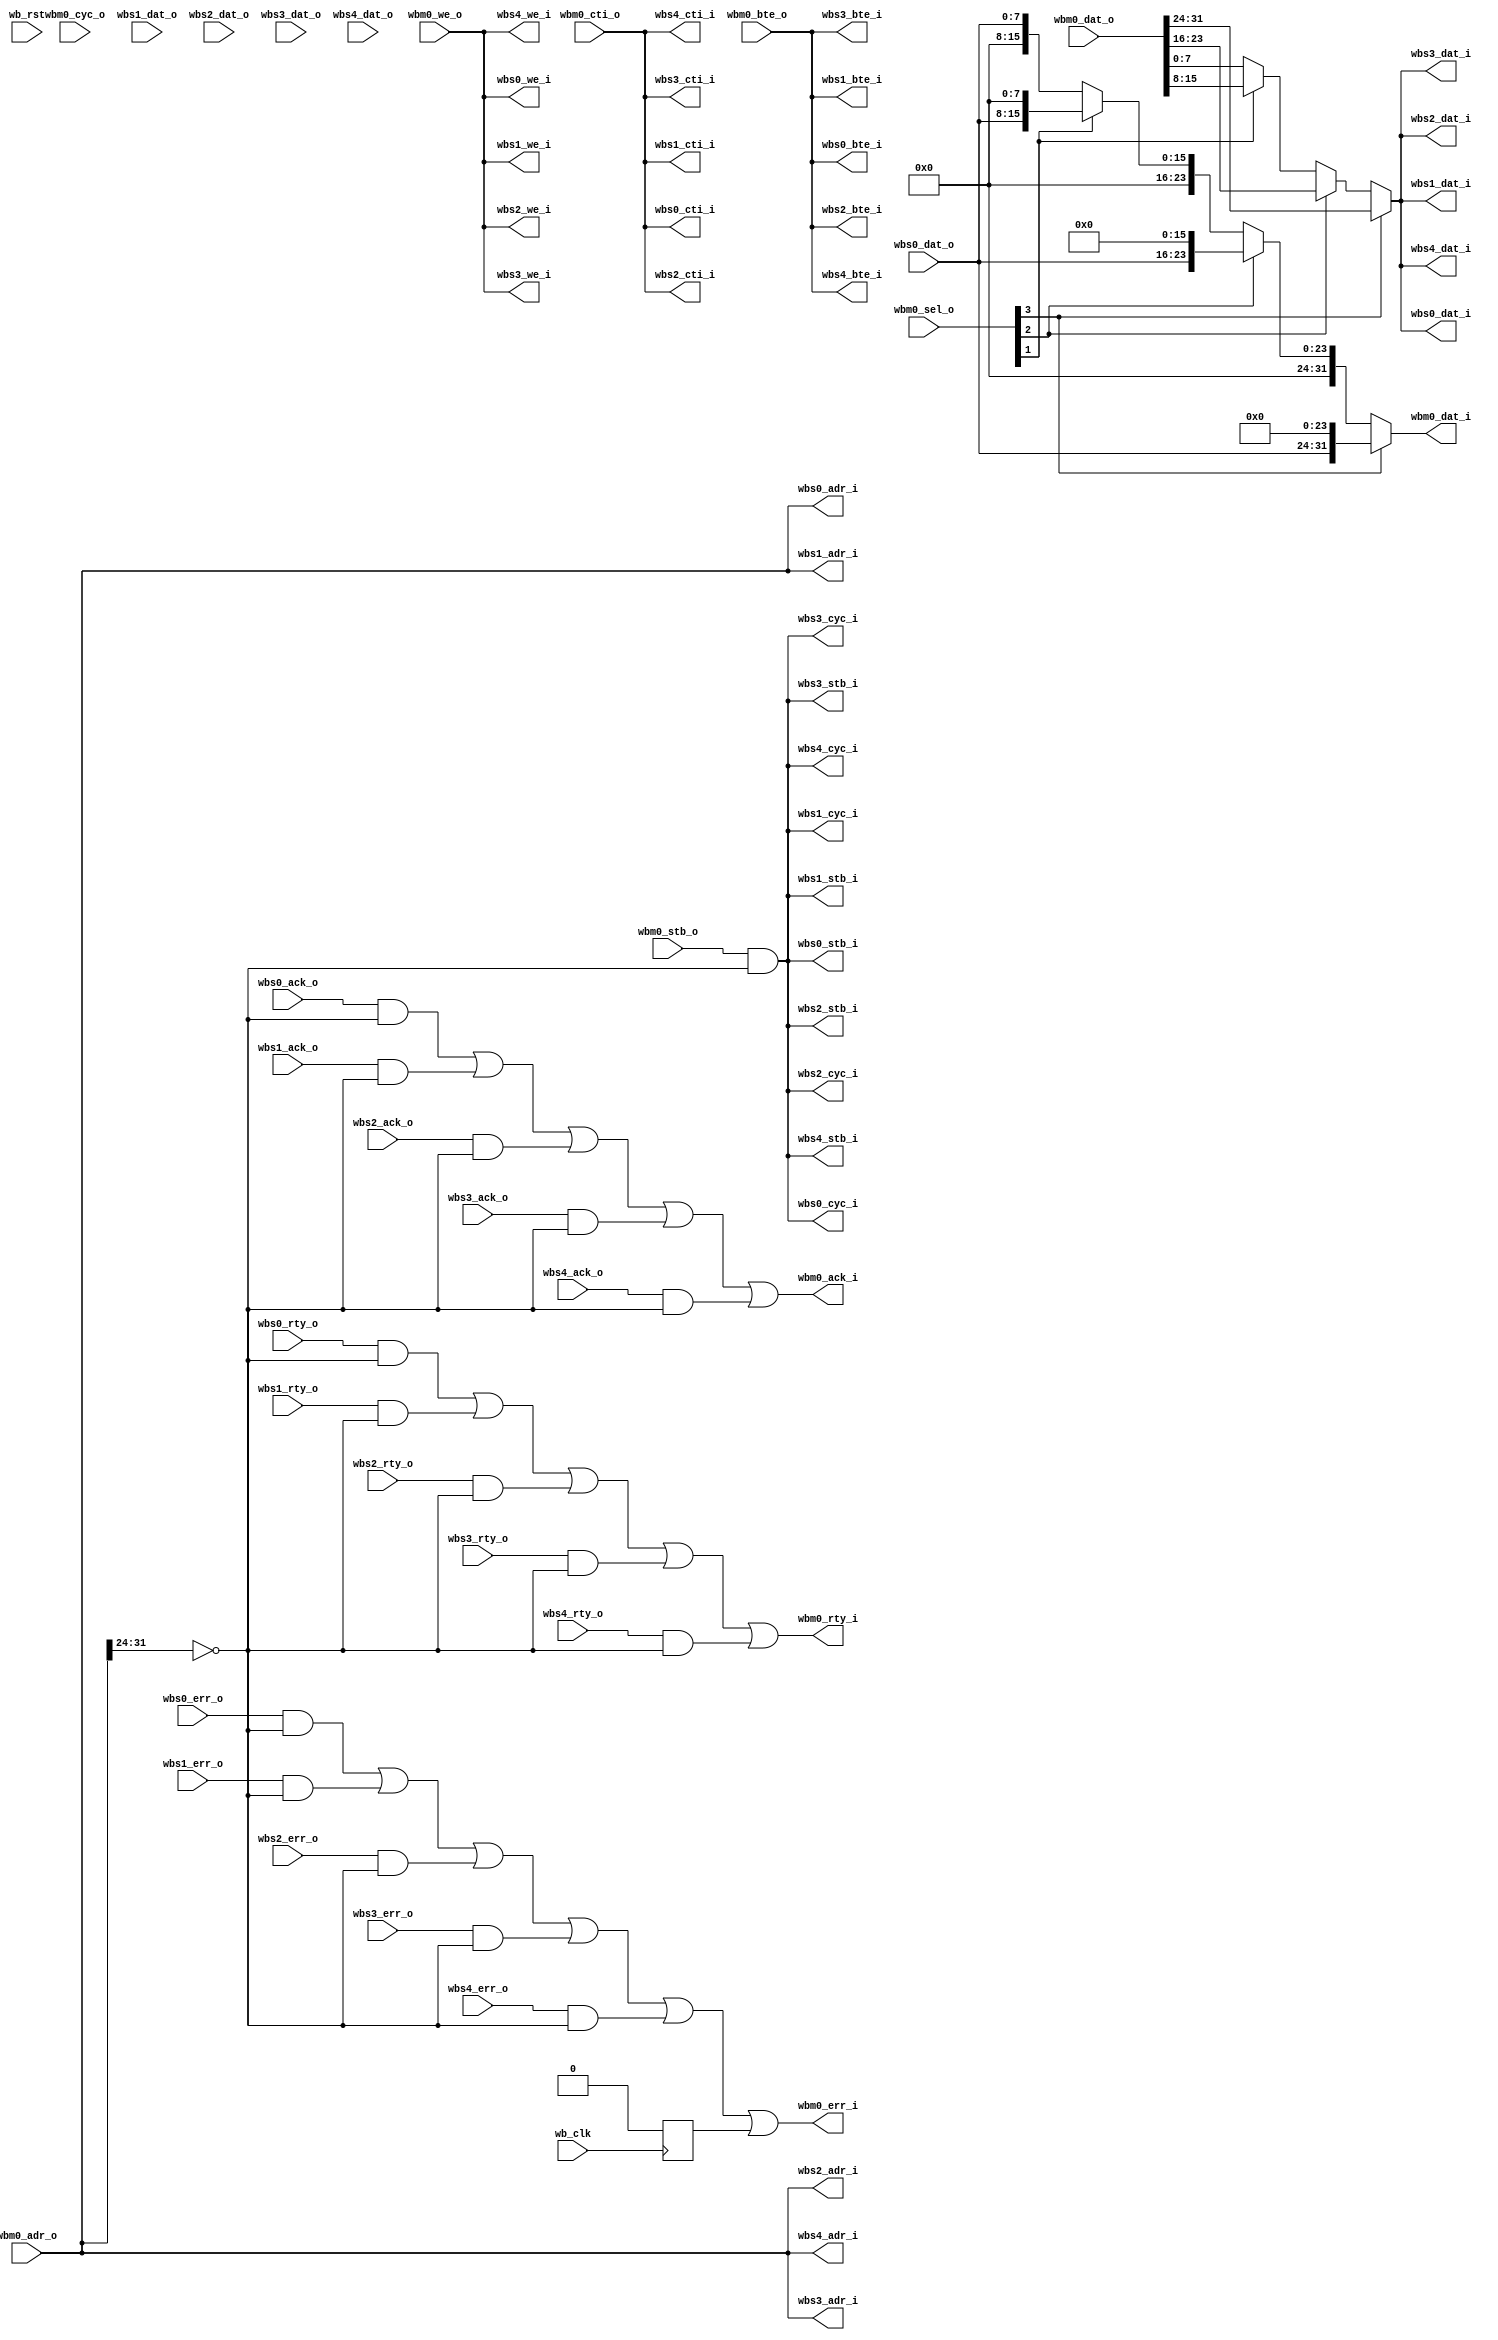
module arbiter_bytebus
  (

   // Master in   
   wbm0_adr_o,
   wbm0_dat_o,
   wbm0_sel_o,
   wbm0_we_o,
   wbm0_cyc_o,
   wbm0_stb_o,
   wbm0_cti_o,
   wbm0_bte_o,
   wbm0_dat_i,
   wbm0_ack_i,
   wbm0_err_i,
   wbm0_rty_i,

   // Slave one
   // Wishbone Slave interface
   wbs0_adr_i,
   wbs0_dat_i,
   wbs0_we_i,
   wbs0_cyc_i,
   wbs0_stb_i,
   wbs0_cti_i,
   wbs0_bte_i,
   wbs0_dat_o,
   wbs0_ack_o,
   wbs0_err_o,
   wbs0_rty_o,

   // Slave two
   // Wishbone Slave interface
   wbs1_adr_i,
   wbs1_dat_i,
   wbs1_we_i,
   wbs1_cyc_i,
   wbs1_stb_i,
   wbs1_cti_i,
   wbs1_bte_i,
   wbs1_dat_o,
   wbs1_ack_o,
   wbs1_err_o,
   wbs1_rty_o,

   // Slave three
   // Wishbone Slave interface
   wbs2_adr_i,
   wbs2_dat_i,
   wbs2_we_i,
   wbs2_cyc_i,
   wbs2_stb_i,
   wbs2_cti_i,
   wbs2_bte_i,
   wbs2_dat_o,
   wbs2_ack_o,
   wbs2_err_o,
   wbs2_rty_o,

   // Slave four
   // Wishbone Slave interface
   wbs3_adr_i,
   wbs3_dat_i,
   wbs3_we_i,
   wbs3_cyc_i,
   wbs3_stb_i,
   wbs3_cti_i,
   wbs3_bte_i,
   wbs3_dat_o,
   wbs3_ack_o,
   wbs3_err_o,
   wbs3_rty_o,

   // Slave five
   // Wishbone Slave interface
   wbs4_adr_i,
   wbs4_dat_i,
   wbs4_we_i,
   wbs4_cyc_i,
   wbs4_stb_i,
   wbs4_cti_i,
   wbs4_bte_i,
   wbs4_dat_o,
   wbs4_ack_o,
   wbs4_err_o,
   wbs4_rty_o,
/*   
   // Slave six
   // Wishbone Slave interface
   wbs5_adr_i,
   wbs5_dat_i,
   wbs5_we_i,
   wbs5_cyc_i,
   wbs5_stb_i,
   wbs5_cti_i,
   wbs5_bte_i,
   wbs5_dat_o,
   wbs5_ack_o,
   wbs5_err_o,
   wbs5_rty_o,

   // Slave seven
   // Wishbone Slave interface
   wbs6_adr_i,
   wbs6_dat_i,
   wbs6_we_i,
   wbs6_cyc_i,
   wbs6_stb_i,
   wbs6_cti_i,
   wbs6_bte_i,
   wbs6_dat_o,
   wbs6_ack_o,
   wbs6_err_o,
   wbs6_rty_o,

   // Slave eight
   // Wishbone Slave interface
   wbs7_adr_i,
   wbs7_dat_i,
   wbs7_we_i,
   wbs7_cyc_i,
   wbs7_stb_i,
   wbs7_cti_i,
   wbs7_bte_i,
   wbs7_dat_o,
   wbs7_ack_o,
   wbs7_err_o,
   wbs7_rty_o,

   // Slave nine
   // Wishbone Slave interface
   wbs8_adr_i,
   wbs8_dat_i,
   wbs8_we_i,
   wbs8_cyc_i,
   wbs8_stb_i,
   wbs8_cti_i,
   wbs8_bte_i,
   wbs8_dat_o,
   wbs8_ack_o,
   wbs8_err_o,
   wbs8_rty_o,

   // Slave ten
   // Wishbone Slave interface
   wbs9_adr_i,
   wbs9_dat_i,
   wbs9_we_i,
   wbs9_cyc_i,
   wbs9_stb_i,
   wbs9_cti_i,
   wbs9_bte_i,
   wbs9_dat_o,
   wbs9_ack_o,
   wbs9_err_o,
   wbs9_rty_o,

   // Slave eleven
   // Wishbone Slave interface
   wbs10_adr_i,
   wbs10_dat_i,
   wbs10_we_i,
   wbs10_cyc_i,
   wbs10_stb_i,
   wbs10_cti_i,
   wbs10_bte_i,
   wbs10_dat_o,
   wbs10_ack_o,
   wbs10_err_o,
   wbs10_rty_o,

   // Slave twelve
   // Wishbone Slave interface
   wbs11_adr_i,
   wbs11_dat_i,
   wbs11_we_i,
   wbs11_cyc_i,
   wbs11_stb_i,
   wbs11_cti_i,
   wbs11_bte_i,
   wbs11_dat_o,
   wbs11_ack_o,
   wbs11_err_o,
   wbs11_rty_o,

   // Slave thirteen
   // Wishbone Slave interface
   wbs12_adr_i,
   wbs12_dat_i,
   wbs12_we_i,
   wbs12_cyc_i,
   wbs12_stb_i,
   wbs12_cti_i,
   wbs12_bte_i,
   wbs12_dat_o,
   wbs12_ack_o,
   wbs12_err_o,
   wbs12_rty_o,

    // Slave fourteen
    // Wishbone Slave interface
    wbs13_adr_i,
    wbs13_dat_i,
    wbs13_we_i,
    wbs13_cyc_i,
    wbs13_stb_i,
    wbs13_cti_i,
    wbs13_bte_i,
   wbs13_dat_o,
    wbs13_ack_o,
    wbs13_err_o,
    wbs13_rty_o,

    // Slave fifteen
    // Wishbone Slave interface
    wbs14_adr_i,
    wbs14_dat_i,
    wbs14_we_i,
    wbs14_cyc_i,
    wbs14_stb_i,
    wbs14_cti_i,
    wbs14_bte_i,
   wbs14_dat_o,
    wbs14_ack_o,
    wbs14_err_o,
    wbs14_rty_o,

    // Slave sixteen
    // Wishbone Slave interface
    wbs15_adr_i,
    wbs15_dat_i,
    wbs15_we_i,
    wbs15_cyc_i,
    wbs15_stb_i,
    wbs15_cti_i,
    wbs15_bte_i,
  
    wbs15_dat_o,
    wbs15_ack_o,
    wbs15_err_o,
    wbs15_rty_o,

    // Slave seventeen
    // Wishbone Slave interface
    wbs16_adr_i,
    wbs16_dat_i,
    wbs16_we_i,
    wbs16_cyc_i,
    wbs16_stb_i,
    wbs16_cti_i,
    wbs16_bte_i,
  
    wbs16_dat_o,
    wbs16_ack_o,
    wbs16_err_o,
    wbs16_rty_o,


    // Slave eighteen
    // Wishbone Slave interface
    wbs17_adr_i,
    wbs17_dat_i,
    wbs17_we_i,
    wbs17_cyc_i,
    wbs17_stb_i,
    wbs17_cti_i,
    wbs17_bte_i,
  
    wbs17_dat_o,
    wbs17_ack_o,
    wbs17_err_o,
    wbs17_rty_o,
 
    // Slave nineteen
    // Wishbone Slave interface
    wbs18_adr_i,
    wbs18_dat_i,
    wbs18_we_i,
    wbs18_cyc_i,
    wbs18_stb_i,
    wbs18_cti_i,
    wbs18_bte_i,
  
    wbs18_dat_o,
    wbs18_ack_o,
    wbs18_err_o,
    wbs18_rty_o,
 
    // Slave twenty
    // Wishbone Slave interface
    wbs19_adr_i,
    wbs19_dat_i,
    wbs19_we_i,
    wbs19_cyc_i,
    wbs19_stb_i,
    wbs19_cti_i,
    wbs19_bte_i,
  
    wbs19_dat_o,
    wbs19_ack_o,
    wbs19_err_o,
    wbs19_rty_o,
  
    */
   
   wb_clk, wb_rst
   );
   

   parameter wb_dat_width = 32;
   parameter wbs_dat_width = 8;
   parameter wb_adr_width = 32;

   parameter wb_addr_match_width = 8;

   parameter wb_num_slaves = 20; // Currently can handle up to 20

   // Slave addresses
   
   parameter slave0_adr =  8'h00; 
   parameter slave1_adr =  8'h00; 
   parameter slave2_adr =  8'h00; 
   parameter slave3_adr =  8'h00; 
   parameter slave4_adr =  8'h00; 
   parameter slave5_adr =  8'h00; 
   parameter slave6_adr =  8'h00; 
   parameter slave7_adr =  8'h00; 
   parameter slave8_adr =  8'h00; 
   parameter slave9_adr =  8'h00; 
   parameter slave10_adr = 8'h00;
   parameter slave11_adr = 8'h00;
   parameter slave12_adr = 8'h00;
   parameter slave13_adr = 8'h00;
   parameter slave14_adr = 8'h00;
   parameter slave15_adr = 8'h00;
   parameter slave16_adr = 8'h00;
   parameter slave17_adr = 8'h00;
   parameter slave18_adr = 8'h00;
   parameter slave19_adr = 8'h00;
   

`define WB_ARB_ADDR_MATCH_SEL wb_adr_width-1:wb_adr_width-wb_addr_match_width
   
   input wb_clk;
   input wb_rst;
   
   // WB Master one
   input [wb_adr_width-1:0] wbm0_adr_o;
   input [wb_dat_width-1:0] wbm0_dat_o;
   input [3:0] 		    wbm0_sel_o;
   input 		    wbm0_we_o;
   input 		    wbm0_cyc_o;
   input 		    wbm0_stb_o;
   input [2:0] 		    wbm0_cti_o;
   input [1:0] 		    wbm0_bte_o;
   output [wb_dat_width-1:0] wbm0_dat_i;   
   output 		     wbm0_ack_i;
   output 		     wbm0_err_i;
   output 		     wbm0_rty_i;   
   
   
   // Slave one
   // Wishbone Slave interface
   output [wb_adr_width-1:0] wbs0_adr_i;
   output [wbs_dat_width-1:0] wbs0_dat_i;
   output 		     wbs0_we_i;
   output 		     wbs0_cyc_i;
   output 		     wbs0_stb_i;
   output [2:0] 	     wbs0_cti_i;
   output [1:0] 	     wbs0_bte_i;
   input [wbs_dat_width-1:0]  wbs0_dat_o;
   input 		     wbs0_ack_o;
   input 		     wbs0_err_o;
   input 		     wbs0_rty_o;
   

   // Wishbone Slave interface
   output [wb_adr_width-1:0] wbs1_adr_i;
   output [wbs_dat_width-1:0] wbs1_dat_i;
   output 		     wbs1_we_i;
   output 		     wbs1_cyc_i;
   output 		     wbs1_stb_i;
   output [2:0] 	     wbs1_cti_i;
   output [1:0] 	     wbs1_bte_i;
   input [wbs_dat_width-1:0]  wbs1_dat_o;
   input 		     wbs1_ack_o;
   input 		     wbs1_err_o;
   input 		     wbs1_rty_o;
   

   // Wishbone Slave interface
   output [wb_adr_width-1:0] wbs2_adr_i;
   output [wbs_dat_width-1:0] wbs2_dat_i;
   output 		     wbs2_we_i;
   output 		     wbs2_cyc_i;
   output 		     wbs2_stb_i;
   output [2:0] 	     wbs2_cti_i;
   output [1:0] 	     wbs2_bte_i;
   input [wbs_dat_width-1:0]  wbs2_dat_o;
   input 		     wbs2_ack_o;
   input 		     wbs2_err_o;
   input 		     wbs2_rty_o;
   

   // Wishbone Slave interface
   output [wb_adr_width-1:0] wbs3_adr_i;
   output [wbs_dat_width-1:0] wbs3_dat_i;
   output 		     wbs3_we_i;
   output 		     wbs3_cyc_i;
   output 		     wbs3_stb_i;
   output [2:0] 	     wbs3_cti_i;
   output [1:0] 	     wbs3_bte_i;
   input [wbs_dat_width-1:0]  wbs3_dat_o;
   input 		     wbs3_ack_o;
   input 		     wbs3_err_o;
   input 		     wbs3_rty_o;
   

   // Wishbone Slave interface
   output [wb_adr_width-1:0] wbs4_adr_i;
   output [wbs_dat_width-1:0] wbs4_dat_i;
   output 		     wbs4_we_i;
   output 		     wbs4_cyc_i;
   output 		     wbs4_stb_i;
   output [2:0] 	     wbs4_cti_i;
   output [1:0] 	     wbs4_bte_i;
   input [wbs_dat_width-1:0]  wbs4_dat_o;
   input 		     wbs4_ack_o;
   input 		     wbs4_err_o;
   input 		     wbs4_rty_o;
   
/*         
   // Wishbone Slave interface
   output [wb_adr_width-1:0] wbs5_adr_i;
   output [wbs_dat_width-1:0] wbs5_dat_i;
   output 		     wbs5_we_i;
   output 		     wbs5_cyc_i;
   output 		     wbs5_stb_i;
   output [2:0] 	     wbs5_cti_i;
   output [1:0] 	     wbs5_bte_i;
   input [wbs_dat_width-1:0]  wbs5_dat_o;
   input 		     wbs5_ack_o;
   input 		     wbs5_err_o;
   input 		     wbs5_rty_o;
   

   // Wishbone Slave interface
   output [wb_adr_width-1:0] wbs6_adr_i;
   output [wbs_dat_width-1:0] wbs6_dat_i;
   output 		     wbs6_we_i;
   output 		     wbs6_cyc_i;
   output 		     wbs6_stb_i;
   output [2:0] 	     wbs6_cti_i;
   output [1:0] 	     wbs6_bte_i;
   input [wbs_dat_width-1:0]  wbs6_dat_o;
   input 		     wbs6_ack_o;
   input 		     wbs6_err_o;
   input 		     wbs6_rty_o;
   

   // Wishbone Slave interface
   output [wb_adr_width-1:0] wbs7_adr_i;
   output [wbs_dat_width-1:0] wbs7_dat_i;
   output 		     wbs7_we_i;
   output 		     wbs7_cyc_i;
   output 		     wbs7_stb_i;
   output [2:0] 	     wbs7_cti_i;
   output [1:0] 	     wbs7_bte_i;
   input [wbs_dat_width-1:0]  wbs7_dat_o;
   input 		     wbs7_ack_o;
   input 		     wbs7_err_o;
   input 		     wbs7_rty_o;
   

   // Wishbone Slave interface
   output [wb_adr_width-1:0] wbs8_adr_i;
   output [wbs_dat_width-1:0] wbs8_dat_i;
   output 		     wbs8_we_i;
   output 		     wbs8_cyc_i;
   output 		     wbs8_stb_i;
   output [2:0] 	     wbs8_cti_i;
   output [1:0] 	     wbs8_bte_i;
   input [wbs_dat_width-1:0]  wbs8_dat_o;
   input 		     wbs8_ack_o;
   input 		     wbs8_err_o;
   input 		     wbs8_rty_o;
   

   // Wishbone Slave interface
   output [wb_adr_width-1:0] wbs9_adr_i;
   output [wbs_dat_width-1:0] wbs9_dat_i;
   output 		     wbs9_we_i;
   output 		     wbs9_cyc_i;
   output 		     wbs9_stb_i;
   output [2:0] 	     wbs9_cti_i;
   output [1:0] 	     wbs9_bte_i;
   input [wbs_dat_width-1:0]  wbs9_dat_o;
   input 		     wbs9_ack_o;
   input 		     wbs9_err_o;
   input 		     wbs9_rty_o;
   

   // Wishbone Slave interface
   output [wb_adr_width-1:0] wbs10_adr_i;
   output [wbs_dat_width-1:0] wbs10_dat_i;
   output 		     wbs10_we_i;
   output 		     wbs10_cyc_i;
   output 		     wbs10_stb_i;
   output [2:0] 	     wbs10_cti_i;
   output [1:0] 	     wbs10_bte_i;
   input [wbs_dat_width-1:0]  wbs10_dat_o;
   input 		     wbs10_ack_o;
   input 		     wbs10_err_o;
   input 		     wbs10_rty_o;


 // Wishbone Slave interface
   output [wb_adr_width-1:0] wbs11_adr_i;
   output [wbs_dat_width-1:0] wbs11_dat_i;
   output 		     wbs11_we_i;
   output 		     wbs11_cyc_i;
   output 		     wbs11_stb_i;
   output [2:0] 	     wbs11_cti_i;
   output [1:0] 	     wbs11_bte_i;
   input [wbs_dat_width-1:0]  wbs11_dat_o;
   input 		     wbs11_ack_o;
   input 		     wbs11_err_o;
   input 		     wbs11_rty_o;


   // Wishbone Slave interface
   output [wb_adr_width-1:0] wbs12_adr_i;
   output [wbs_dat_width-1:0] wbs12_dat_i;
   output 		      wbs12_we_i;
   output 		      wbs12_cyc_i;
   output 		      wbs12_stb_i;
   output [2:0] 	      wbs12_cti_i;
   output [1:0] 	      wbs12_bte_i;
   input [wbs_dat_width-1:0]  wbs12_dat_o;
   input 		      wbs12_ack_o;
   input 		      wbs12_err_o;
   input 		      wbs12_rty_o;

   // Wishbone Slave interface
   output [wb_adr_width-1:0] wbs13_adr_i;
   output [wbs_dat_width-1:0] wbs13_dat_i;
   output 		     wbs13_we_i;
   output 		     wbs13_cyc_i;
   output 		     wbs13_stb_i;
   output [2:0] 	     wbs13_cti_i;
   output [1:0] 	     wbs13_bte_i;
   input [wbs_dat_width-1:0]  wbs13_dat_o;
   input 		     wbs13_ack_o;
   input 		     wbs13_err_o;
   input 		     wbs13_rty_o;


   // Wishbone Slave interface
   output [wb_adr_width-1:0] wbs14_adr_i;
   output [wbs_dat_width-1:0] wbs14_dat_i;
   output 		     wbs14_we_i;
   output 		     wbs14_cyc_i;
   output 		     wbs14_stb_i;
   output [2:0] 	     wbs14_cti_i;
   output [1:0] 	     wbs14_bte_i;
   input [wbs_dat_width-1:0]  wbs14_dat_o;
   input 		     wbs14_ack_o;
   input 		     wbs14_err_o;
   input 		     wbs14_rty_o;
   

   // Wishbone Slave interface
   output [wb_adr_width-1:0] wbs15_adr_i;
   output [wbs_dat_width-1:0] wbs15_dat_i;
   output 		     wbs15_we_i;
   output 		     wbs15_cyc_i;
   output 		     wbs15_stb_i;
   output [2:0] 	     wbs15_cti_i;
   output [1:0] 	     wbs15_bte_i;
   input [wbs_dat_width-1:0]  wbs15_dat_o;
   input 		     wbs15_ack_o;
   input 		     wbs15_err_o;
   input 		     wbs15_rty_o;
   

   // Wishbone Slave interface
   output [wb_adr_width-1:0] wbs16_adr_i;
   output [wbs_dat_width-1:0] wbs16_dat_i;
   output 		     wbs16_we_i;
   output 		     wbs16_cyc_i;
   output 		     wbs16_stb_i;
   output [2:0] 	     wbs16_cti_i;
   output [1:0] 	     wbs16_bte_i;
   input [wbs_dat_width-1:0]  wbs16_dat_o;
   input 		     wbs16_ack_o;
   input 		     wbs16_err_o;
   input 		     wbs16_rty_o;


   // Wishbone Slave interface
   output [wb_adr_width-1:0] wbs17_adr_i;
   output [wbs_dat_width-1:0] wbs17_dat_i;
   output 		     wbs17_we_i;
   output 		     wbs17_cyc_i;
   output 		     wbs17_stb_i;
   output [2:0] 	     wbs17_cti_i;
   output [1:0] 	     wbs17_bte_i;
   input [wbs_dat_width-1:0]  wbs17_dat_o;
   input 		     wbs17_ack_o;
   input 		     wbs17_err_o;
   input 		     wbs17_rty_o;

   // Wishbone Slave interface
   output [wb_adr_width-1:0] wbs18_adr_i;
   output [wbs_dat_width-1:0] wbs18_dat_i;
   output 		     wbs18_we_i;
   output 		     wbs18_cyc_i;
   output 		     wbs18_stb_i;
   output [2:0] 	     wbs18_cti_i;
   output [1:0] 	     wbs18_bte_i;
   input [wbs_dat_width-1:0]  wbs18_dat_o;
   input 		     wbs18_ack_o;
   input 		     wbs18_err_o;
   input 		     wbs18_rty_o;
 
   // Wishbone Slave interface
   output [wb_adr_width-1:0] wbs19_adr_i;
   output [wbs_dat_width-1:0] wbs19_dat_i;
   output 		     wbs19_we_i;
   output 		     wbs19_cyc_i;
   output 		     wbs19_stb_i;
   output [2:0] 	     wbs19_cti_i;
   output [1:0] 	     wbs19_bte_i;
   input [wbs_dat_width-1:0]  wbs19_dat_o;
   input 		     wbs19_ack_o;
   input 		     wbs19_err_o;
   input 		     wbs19_rty_o;
 */

   reg 		     watchdog_err;
   
   // Master input mux output wires
   wire [wb_adr_width-1:0]   wbm_adr_o;
   wire [wbs_dat_width-1:0]  wbm_dat_o;
   wire [3:0] 		     wbm_sel_o;
   wire 		     wbm_we_o;
   wire 		     wbm_cyc_o;
   wire 		     wbm_stb_o;
   wire [2:0] 		     wbm_cti_o;
   wire [1:0] 		     wbm_bte_o;
   
   wire [wbs_dat_width-1:0]   wbm_dat_byte_i;   
   wire 		     wbm_ack_i;
   wire 		     wbm_err_i;
   wire 		     wbm_rty_i;   

   
   // Master input mux (not really used, only one master on this bus)
   assign wbm_adr_o = wbm0_adr_o;

   // Select the right byte and put it on the data out line
   // !BIG ENDIAN!
   assign wbm_dat_o = wbm0_sel_o[3] ? wbm0_dat_o[31:24] :
		      wbm0_sel_o[2] ? wbm0_dat_o[23:16] :
		      wbm0_sel_o[1] ? wbm0_dat_o[15:8] :
		      wbm0_dat_o[7:0];
   
   assign wbm_we_o = wbm0_we_o;
   
   assign wbm_cyc_o = wbm0_stb_o;
   
   assign wbm_stb_o = wbm0_stb_o;

   // Will we really need these for byte-peripherals
   assign wbm_cti_o = wbm0_cti_o;
   
   assign wbm_bte_o = wbm0_bte_o;

   // Signals back to the master
   assign wbm0_dat_i = (wbm0_sel_o[3]) ? {wbm_dat_byte_i, 24'd0} :
		       (wbm0_sel_o[2]) ? {8'd0, wbm_dat_byte_i, 16'd0} :
		       (wbm0_sel_o[1]) ? {16'd0, wbm_dat_byte_i, 8'd0} :
	               {24'd0, wbm_dat_byte_i};

   assign wbm0_ack_i = wbm_ack_i;
   assign wbm0_err_i = wbm_err_i;
   assign wbm0_rty_i = wbm_rty_i;

`ifdef ARBITER_BYTEBUS_WATCHDOG
   reg [`ARBITER_BYTEBUS_WATCHDOG_TIMER_WIDTH:0] watchdog_timer;
   reg 			     wbm_stb_r; // Register strobe
   wire 		     wbm_stb_edge; // Detect its edge

   always @(posedge wb_clk)
     wbm_stb_r <= wbm_stb_o;

   assign wbm_stb_edge = (wbm_stb_o & !wbm_stb_r);
   
   // Counter logic
   always @(posedge wb_clk)
     if (wb_rst) watchdog_timer <= 0;
     else if (wbm_ack_i) // When we see an ack, turn off timer
       watchdog_timer <= 0;
     else if (wbm_stb_edge) // New access means start timer again
       watchdog_timer <= 1;
     else if (|watchdog_timer) // Continue counting if counter > 0
       watchdog_timer <= watchdog_timer + 1;

   always @(posedge wb_clk) 
     watchdog_err <= (&watchdog_timer);
   
`else // !`ifdef ARBITER_BYTEBUS_WATCHDOG
   always @(posedge wb_clk) 
     watchdog_err <= 0;
      
`endif // !`ifdef ARBITER_BYTEBUS_WATCHDOG

   
   // Wishbone slave mux out wires
   wire [wb_adr_width-1:0]   wbs_adr_i;
   wire [wbs_dat_width-1:0]  wbs_dat_i;
   wire 		     wbs_we_i;
   wire 		     wbs_cyc_i;
   wire 		     wbs_stb_i;
   wire [2:0] 		     wbs_cti_i;
   wire [1:0] 		     wbs_bte_i;
   wire [wbs_dat_width-1:0]  wbs_dat_o;
   wire 		     wbs_ack_o;
   wire 		     wbs_err_o;
   wire 		     wbs_rty_o;

   
   // Slave select wire
   wire [wb_num_slaves-1:0]  wb_slave_sel;
   
   // Slave out mux in wires   
   wire [wbs_dat_width-1:0]  wbs_dat_o_mux_i [0:wb_num_slaves-1];
   wire 		     wbs_ack_o_mux_i [0:wb_num_slaves-1];
   wire 		     wbs_err_o_mux_i [0:wb_num_slaves-1];
   wire 		     wbs_rty_o_mux_i [0:wb_num_slaves-1];

   // Slave selects
   assign wb_slave_sel[0] = wbm_adr_o[`WB_ARB_ADDR_MATCH_SEL] == slave0_adr;
   assign wb_slave_sel[1] = wbm_adr_o[`WB_ARB_ADDR_MATCH_SEL] == slave1_adr;
   assign wb_slave_sel[2] = wbm_adr_o[`WB_ARB_ADDR_MATCH_SEL] == slave2_adr;
   assign wb_slave_sel[3] = wbm_adr_o[`WB_ARB_ADDR_MATCH_SEL] == slave3_adr;
   assign wb_slave_sel[4] = wbm_adr_o[`WB_ARB_ADDR_MATCH_SEL] == slave4_adr;
   /*      
   assign wb_slave_sel[5] = wbm_adr_o[`WB_ARB_ADDR_MATCH_SEL] == slave5_adr;
   assign wb_slave_sel[6] = wbm_adr_o[`WB_ARB_ADDR_MATCH_SEL] == slave6_adr;
   assign wb_slave_sel[7] = wbm_adr_o[`WB_ARB_ADDR_MATCH_SEL] == slave7_adr;
   assign wb_slave_sel[8] = wbm_adr_o[`WB_ARB_ADDR_MATCH_SEL] == slave8_adr;
   assign wb_slave_sel[9] = wbm_adr_o[`WB_ARB_ADDR_MATCH_SEL] == slave9_adr;
   assign wb_slave_sel[10] = wbm_adr_o[`WB_ARB_ADDR_MATCH_SEL] == slave10_adr;
   assign wb_slave_sel[11] = wbm_adr_o[`WB_ARB_ADDR_MATCH_SEL] == slave11_adr;
   assign wb_slave_sel[12] = wbm_adr_o[`WB_ARB_ADDR_MATCH_SEL] == slave12_adr;
   assign wb_slave_sel[13] = wbm_adr_o[`WB_ARB_ADDR_MATCH_SEL] == slave13_adr;
   assign wb_slave_sel[14] = wbm_adr_o[`WB_ARB_ADDR_MATCH_SEL] == slave14_adr;
   assign wb_slave_sel[15] = wbm_adr_o[`WB_ARB_ADDR_MATCH_SEL] == slave15_adr;
   assign wb_slave_sel[16] = wbm_adr_o[`WB_ARB_ADDR_MATCH_SEL] == slave16_adr;
   assign wb_slave_sel[16] = wbm_adr_o[`WB_ARB_ADDR_MATCH_SEL] == slave17_adr;
   assign wb_slave_sel[16] = wbm_adr_o[`WB_ARB_ADDR_MATCH_SEL] == slave18_adr;
   assign wb_slave_sel[16] = wbm_adr_o[`WB_ARB_ADDR_MATCH_SEL] == slave19_adr;
   */


   // Assign master inputs to slaves and slave inputs for MUXing  back to master

   // Slave 0 inputs
   assign wbs0_adr_i = wbm_adr_o;
   assign wbs0_dat_i = wbm_dat_o;
   assign wbs0_cyc_i = wbm_cyc_o & wb_slave_sel[0];
   assign wbs0_stb_i = wbm_stb_o & wb_slave_sel[0];   
   assign  wbs0_we_i =  wbm_we_o;
   assign wbs0_cti_i = wbm_cti_o;
   assign wbs0_bte_i = wbm_bte_o;
   assign wbs_dat_o_mux_i[0] = wbs0_dat_o;
   assign wbs_ack_o_mux_i[0] = wbs0_ack_o & wb_slave_sel[0];
   assign wbs_err_o_mux_i[0] = wbs0_err_o & wb_slave_sel[0];
   assign wbs_rty_o_mux_i[0] = wbs0_rty_o & wb_slave_sel[0];


   // Slave 1 inputs
   assign wbs1_adr_i = wbm_adr_o;
   assign wbs1_dat_i = wbm_dat_o;
   assign wbs1_cyc_i = wbm_cyc_o & wb_slave_sel[1];
   assign wbs1_stb_i = wbm_stb_o & wb_slave_sel[1];   
   assign  wbs1_we_i =  wbm_we_o;
   assign wbs1_cti_i = wbm_cti_o;
   assign wbs1_bte_i = wbm_bte_o;
   assign wbs_dat_o_mux_i[1] = wbs1_dat_o;
   assign wbs_ack_o_mux_i[1] = wbs1_ack_o & wb_slave_sel[1];
   assign wbs_err_o_mux_i[1] = wbs1_err_o & wb_slave_sel[1];
   assign wbs_rty_o_mux_i[1] = wbs1_rty_o & wb_slave_sel[1];


   // Slave 2 inputs
   assign wbs2_adr_i = wbm_adr_o;
   assign wbs2_dat_i = wbm_dat_o;
   assign wbs2_cyc_i = wbm_cyc_o & wb_slave_sel[2];
   assign wbs2_stb_i = wbm_stb_o & wb_slave_sel[2];   
   assign  wbs2_we_i =  wbm_we_o;
   assign wbs2_cti_i = wbm_cti_o;
   assign wbs2_bte_i = wbm_bte_o;
   assign wbs_dat_o_mux_i[2] = wbs2_dat_o;
   assign wbs_ack_o_mux_i[2] = wbs2_ack_o & wb_slave_sel[2];
   assign wbs_err_o_mux_i[2] = wbs2_err_o & wb_slave_sel[2];
   assign wbs_rty_o_mux_i[2] = wbs2_rty_o & wb_slave_sel[2];


   // Slave 3 inputs
   assign wbs3_adr_i = wbm_adr_o;
   assign wbs3_dat_i = wbm_dat_o;
   assign wbs3_cyc_i = wbm_cyc_o & wb_slave_sel[3];
   assign wbs3_stb_i = wbm_stb_o & wb_slave_sel[3];   
   assign  wbs3_we_i =  wbm_we_o;
   assign wbs3_cti_i = wbm_cti_o;
   assign wbs3_bte_i = wbm_bte_o;
   assign wbs_dat_o_mux_i[3] = wbs3_dat_o;
   assign wbs_ack_o_mux_i[3] = wbs3_ack_o & wb_slave_sel[3];
   assign wbs_err_o_mux_i[3] = wbs3_err_o & wb_slave_sel[3];
   assign wbs_rty_o_mux_i[3] = wbs3_rty_o & wb_slave_sel[3];


   // Slave 4 inputs
   assign wbs4_adr_i = wbm_adr_o;
   assign wbs4_dat_i = wbm_dat_o;
   assign wbs4_cyc_i = wbm_cyc_o & wb_slave_sel[4];
   assign wbs4_stb_i = wbm_stb_o & wb_slave_sel[4];   
   assign  wbs4_we_i =  wbm_we_o;
   assign wbs4_cti_i = wbm_cti_o;
   assign wbs4_bte_i = wbm_bte_o;
   assign wbs_dat_o_mux_i[4] = wbs4_dat_o;
   assign wbs_ack_o_mux_i[4] = wbs4_ack_o & wb_slave_sel[4];
   assign wbs_err_o_mux_i[4] = wbs4_err_o & wb_slave_sel[4];
   assign wbs_rty_o_mux_i[4] = wbs4_rty_o & wb_slave_sel[4];

   /*
   // Slave 5 inputs
   assign wbs5_adr_i = wbm_adr_o;
   assign wbs5_dat_i = wbm_dat_o;
   assign wbs5_cyc_i = wbm_cyc_o & wb_slave_sel[5];
   assign wbs5_stb_i = wbm_stb_o & wb_slave_sel[5];   
   assign  wbs5_we_i =  wbm_we_o;
   assign wbs5_cti_i = wbm_cti_o;
   assign wbs5_bte_i = wbm_bte_o;
   assign wbs_dat_o_mux_i[5] = wbs5_dat_o;
   assign wbs_ack_o_mux_i[5] = wbs5_ack_o & wb_slave_sel[5];
   assign wbs_err_o_mux_i[5] = wbs5_err_o & wb_slave_sel[5];
   assign wbs_rty_o_mux_i[5] = wbs5_rty_o & wb_slave_sel[5];


   // Slave 6 inputs
   assign wbs6_adr_i = wbm_adr_o;
   assign wbs6_dat_i = wbm_dat_o;
   assign wbs6_cyc_i = wbm_cyc_o & wb_slave_sel[6];
   assign wbs6_stb_i = wbm_stb_o & wb_slave_sel[6];   
   assign  wbs6_we_i =  wbm_we_o;
   assign wbs6_cti_i = wbm_cti_o;
   assign wbs6_bte_i = wbm_bte_o;
   assign wbs_dat_o_mux_i[6] = wbs6_dat_o;
   assign wbs_ack_o_mux_i[6] = wbs6_ack_o & wb_slave_sel[6];
   assign wbs_err_o_mux_i[6] = wbs6_err_o & wb_slave_sel[6];
   assign wbs_rty_o_mux_i[6] = wbs6_rty_o & wb_slave_sel[6];


   // Slave 7 inputs
   assign wbs7_adr_i = wbm_adr_o;
   assign wbs7_dat_i = wbm_dat_o;
   assign wbs7_cyc_i = wbm_cyc_o & wb_slave_sel[7];
   assign wbs7_stb_i = wbm_stb_o & wb_slave_sel[7];   
   assign  wbs7_we_i =  wbm_we_o;
   assign wbs7_cti_i = wbm_cti_o;
   assign wbs7_bte_i = wbm_bte_o;
   assign wbs_dat_o_mux_i[7] = wbs7_dat_o;
   assign wbs_ack_o_mux_i[7] = wbs7_ack_o & wb_slave_sel[7];
   assign wbs_err_o_mux_i[7] = wbs7_err_o & wb_slave_sel[7];
   assign wbs_rty_o_mux_i[7] = wbs7_rty_o & wb_slave_sel[7];


   // Slave 8 inputs
   assign wbs8_adr_i = wbm_adr_o;
   assign wbs8_dat_i = wbm_dat_o;
   assign wbs8_cyc_i = wbm_cyc_o & wb_slave_sel[8];
   assign wbs8_stb_i = wbm_stb_o & wb_slave_sel[8];   
   assign  wbs8_we_i =  wbm_we_o;
   assign wbs8_cti_i = wbm_cti_o;
   assign wbs8_bte_i = wbm_bte_o;
   assign wbs_dat_o_mux_i[8] = wbs8_dat_o;
   assign wbs_ack_o_mux_i[8] = wbs8_ack_o & wb_slave_sel[8];
   assign wbs_err_o_mux_i[8] = wbs8_err_o & wb_slave_sel[8];
   assign wbs_rty_o_mux_i[8] = wbs8_rty_o & wb_slave_sel[8];


   // Slave 9 inputs
   assign wbs9_adr_i = wbm_adr_o;
   assign wbs9_dat_i = wbm_dat_o;
   assign wbs9_cyc_i = wbm_cyc_o & wb_slave_sel[9];
   assign wbs9_stb_i = wbm_stb_o & wb_slave_sel[9];   
   assign  wbs9_we_i =  wbm_we_o;
   assign wbs9_cti_i = wbm_cti_o;
   assign wbs9_bte_i = wbm_bte_o;
   assign wbs_dat_o_mux_i[9] = wbs9_dat_o;
   assign wbs_ack_o_mux_i[9] = wbs9_ack_o & wb_slave_sel[9];
   assign wbs_err_o_mux_i[9] = wbs9_err_o & wb_slave_sel[9];
   assign wbs_rty_o_mux_i[9] = wbs9_rty_o & wb_slave_sel[9];


   // Slave 10 inputs
   assign wbs10_adr_i = wbm_adr_o;
   assign wbs10_dat_i = wbm_dat_o;
   assign wbs10_cyc_i = wbm_cyc_o & wb_slave_sel[10];
   assign wbs10_stb_i = wbm_stb_o & wb_slave_sel[10];   
   assign  wbs10_we_i =  wbm_we_o;
   assign wbs10_cti_i = wbm_cti_o;
   assign wbs10_bte_i = wbm_bte_o;
   assign wbs_dat_o_mux_i[10] = wbs10_dat_o;
   assign wbs_ack_o_mux_i[10] = wbs10_ack_o & wb_slave_sel[10];
   assign wbs_err_o_mux_i[10] = wbs10_err_o & wb_slave_sel[10];
   assign wbs_rty_o_mux_i[10] = wbs10_rty_o & wb_slave_sel[10];

   
   // Slave 11 inputs
   assign wbs11_adr_i = wbm_adr_o;
   assign wbs11_dat_i = wbm_dat_o;
   assign wbs11_cyc_i = wbm_cyc_o & wb_slave_sel[11];
   assign wbs11_stb_i = wbm_stb_o & wb_slave_sel[11];   
   assign  wbs11_we_i =  wbm_we_o;
   assign wbs11_cti_i = wbm_cti_o;
   assign wbs11_bte_i = wbm_bte_o;
   assign wbs_dat_o_mux_i[11] = wbs11_dat_o;
   assign wbs_ack_o_mux_i[11] = wbs11_ack_o & wb_slave_sel[11];
   assign wbs_err_o_mux_i[11] = wbs11_err_o & wb_slave_sel[11];
   assign wbs_rty_o_mux_i[11] = wbs11_rty_o & wb_slave_sel[11];

   // Slave 12 inputs
   assign wbs12_adr_i = wbm_adr_o;
   assign wbs12_dat_i = wbm_dat_o;
   assign wbs12_cyc_i = wbm_cyc_o & wb_slave_sel[12];
   assign wbs12_stb_i = wbm_stb_o & wb_slave_sel[12];   
   assign  wbs12_we_i =  wbm_we_o;
   assign wbs12_cti_i = wbm_cti_o;
   assign wbs12_bte_i = wbm_bte_o;
   assign wbs_dat_o_mux_i[12] = wbs12_dat_o;
   assign wbs_ack_o_mux_i[12] = wbs12_ack_o & wb_slave_sel[12];
   assign wbs_err_o_mux_i[12] = wbs12_err_o & wb_slave_sel[12];
   assign wbs_rty_o_mux_i[12] = wbs12_rty_o & wb_slave_sel[12];


   // Slave 13 inputs
   assign wbs13_adr_i = wbm_adr_o;
   assign wbs13_dat_i = wbm_dat_o;
   assign wbs13_cyc_i = wbm_cyc_o & wb_slave_sel[13];
   assign wbs13_stb_i = wbm_stb_o & wb_slave_sel[13];   
   assign  wbs13_we_i =  wbm_we_o;
   assign wbs13_cti_i = wbm_cti_o;
   assign wbs13_bte_i = wbm_bte_o;
   assign wbs_dat_o_mux_i[13] = wbs13_dat_o;
   assign wbs_ack_o_mux_i[13] = wbs13_ack_o & wb_slave_sel[13];
   assign wbs_err_o_mux_i[13] = wbs13_err_o & wb_slave_sel[13];
   assign wbs_rty_o_mux_i[13] = wbs13_rty_o & wb_slave_sel[13];


   // Slave 14 inputs
   assign wbs14_adr_i = wbm_adr_o;
   assign wbs14_dat_i = wbm_dat_o;
   assign wbs14_cyc_i = wbm_cyc_o & wb_slave_sel[14];
   assign wbs14_stb_i = wbm_stb_o & wb_slave_sel[14];   
   assign  wbs14_we_i =  wbm_we_o;
   assign wbs14_cti_i = wbm_cti_o;
   assign wbs14_bte_i = wbm_bte_o;
   assign wbs_dat_o_mux_i[14] = wbs14_dat_o;
   assign wbs_ack_o_mux_i[14] = wbs14_ack_o & wb_slave_sel[14];
   assign wbs_err_o_mux_i[14] = wbs14_err_o & wb_slave_sel[14];
   assign wbs_rty_o_mux_i[14] = wbs14_rty_o & wb_slave_sel[14];


   // Slave 15 inputs
   assign wbs15_adr_i = wbm_adr_o;
   assign wbs15_dat_i = wbm_dat_o;
   assign wbs15_cyc_i = wbm_cyc_o & wb_slave_sel[15];
   assign wbs15_stb_i = wbm_stb_o & wb_slave_sel[15];   
   assign  wbs15_we_i =  wbm_we_o;
   assign wbs15_cti_i = wbm_cti_o;
   assign wbs15_bte_i = wbm_bte_o;
   assign wbs_dat_o_mux_i[15] = wbs15_dat_o;
   assign wbs_ack_o_mux_i[15] = wbs15_ack_o & wb_slave_sel[15];
   assign wbs_err_o_mux_i[15] = wbs15_err_o & wb_slave_sel[15];
   assign wbs_rty_o_mux_i[15] = wbs15_rty_o & wb_slave_sel[15];


   // Slave 16 inputs
   assign wbs16_adr_i = wbm_adr_o;
   assign wbs16_dat_i = wbm_dat_o;
   assign wbs16_cyc_i = wbm_cyc_o & wb_slave_sel[16];
   assign wbs16_stb_i = wbm_stb_o & wb_slave_sel[16];   
   assign  wbs16_we_i =  wbm_we_o;
   assign wbs16_cti_i = wbm_cti_o;
   assign wbs16_bte_i = wbm_bte_o;
   assign wbs_dat_o_mux_i[16] = wbs16_dat_o;
   assign wbs_ack_o_mux_i[16] = wbs16_ack_o & wb_slave_sel[16];
   assign wbs_err_o_mux_i[16] = wbs16_err_o & wb_slave_sel[16];
   assign wbs_rty_o_mux_i[16] = wbs16_rty_o & wb_slave_sel[16];


   // Slave 17 inputs
   assign wbs17_adr_i = wbm_adr_o;
   assign wbs17_dat_i = wbm_dat_o;
   assign wbs17_cyc_i = wbm_cyc_o & wb_slave_sel[17];
   assign wbs17_stb_i = wbm_stb_o & wb_slave_sel[17];   
   assign  wbs17_we_i =  wbm_we_o;
   assign wbs17_cti_i = wbm_cti_o;
   assign wbs17_bte_i = wbm_bte_o;
   assign wbs_dat_o_mux_i[17] = wbs17_dat_o;
   assign wbs_ack_o_mux_i[17] = wbs17_ack_o & wb_slave_sel[17];
   assign wbs_err_o_mux_i[17] = wbs17_err_o & wb_slave_sel[17];
   assign wbs_rty_o_mux_i[17] = wbs17_rty_o & wb_slave_sel[17];
 
   // Slave 18 inputs
   assign wbs18_adr_i = wbm_adr_o;
   assign wbs18_dat_i = wbm_dat_o;
   assign wbs18_cyc_i = wbm_cyc_o & wb_slave_sel[18];
   assign wbs18_stb_i = wbm_stb_o & wb_slave_sel[18];   
   assign  wbs18_we_i =  wbm_we_o;
   assign wbs18_cti_i = wbm_cti_o;
   assign wbs18_bte_i = wbm_bte_o;
   assign wbs_dat_o_mux_i[18] = wbs18_dat_o;
   assign wbs_ack_o_mux_i[18] = wbs18_ack_o & wb_slave_sel[18];
   assign wbs_err_o_mux_i[18] = wbs18_err_o & wb_slave_sel[18];
   assign wbs_rty_o_mux_i[18] = wbs18_rty_o & wb_slave_sel[18];
 
   // Slave 19 inputs
   assign wbs19_adr_i = wbm_adr_o;
   assign wbs19_dat_i = wbm_dat_o;
   assign wbs19_cyc_i = wbm_cyc_o & wb_slave_sel[19];
   assign wbs19_stb_i = wbm_stb_o & wb_slave_sel[19];   
   assign  wbs19_we_i =  wbm_we_o;
   assign wbs19_cti_i = wbm_cti_o;
   assign wbs19_bte_i = wbm_bte_o;
   assign wbs_dat_o_mux_i[19] = wbs19_dat_o;
   assign wbs_ack_o_mux_i[19] = wbs19_ack_o & wb_slave_sel[19];
   assign wbs_err_o_mux_i[19] = wbs19_err_o & wb_slave_sel[19];
   assign wbs_rty_o_mux_i[19] = wbs19_rty_o & wb_slave_sel[19];

*/



   // Master out mux from slave in data
   assign wbm_dat_byte_i = wb_slave_sel[0] ? wbs_dat_o_mux_i[0] :
 		      wb_slave_sel[1] ? wbs_dat_o_mux_i[1] :
		      wb_slave_sel[2] ? wbs_dat_o_mux_i[2] :
		      wb_slave_sel[3] ? wbs_dat_o_mux_i[3] :
		      wb_slave_sel[4] ? wbs_dat_o_mux_i[4] :
			   /*			   
		      wb_slave_sel[5] ? wbs_dat_o_mux_i[5] :
		      wb_slave_sel[6] ? wbs_dat_o_mux_i[6] :
		      wb_slave_sel[7] ? wbs_dat_o_mux_i[7] :
		      wb_slave_sel[8] ? wbs_dat_o_mux_i[8] :
		      wb_slave_sel[9] ? wbs_dat_o_mux_i[9] :
		      wb_slave_sel[10] ? wbs_dat_o_mux_i[10] :
		      wb_slave_sel[11] ? wbs_dat_o_mux_i[11] :
		      wb_slave_sel[12] ? wbs_dat_o_mux_i[12] :
		      wb_slave_sel[13] ? wbs_dat_o_mux_i[13] :
		      wb_slave_sel[14] ? wbs_dat_o_mux_i[14] :
		      wb_slave_sel[15] ? wbs_dat_o_mux_i[15] :
		      wb_slave_sel[16] ? wbs_dat_o_mux_i[16] :
                      wb_slave_sel[17] ? wbs_dat_o_mux_i[17] :
                      wb_slave_sel[18] ? wbs_dat_o_mux_i[18] :
                      wb_slave_sel[19] ? wbs_dat_o_mux_i[19] :
*/ 
		      wbs_dat_o_mux_i[0];
   // Master out acks, or together
   assign wbm_ack_i = wbs_ack_o_mux_i[0]  |
		      wbs_ack_o_mux_i[1]  |
		      wbs_ack_o_mux_i[2]  |
		      wbs_ack_o_mux_i[3]  |
		      wbs_ack_o_mux_i[4]  /* |
		      wbs_ack_o_mux_i[5]  |
		      wbs_ack_o_mux_i[6]  |
		      wbs_ack_o_mux_i[7]  |
		      wbs_ack_o_mux_i[8]  |
		      wbs_ack_o_mux_i[9]  |
		      wbs_ack_o_mux_i[10] |
		      wbs_ack_o_mux_i[11] |
		      wbs_ack_o_mux_i[12] |
		      wbs_ack_o_mux_i[13] |		      
		      wbs_ack_o_mux_i[14] |
		      wbs_ack_o_mux_i[15] |		      
		      wbs_ack_o_mux_i[16] |
		      wbs_ack_o_mux_i[17] |
		      wbs_ack_o_mux_i[18] |
		      wbs_ack_o_mux_i[19]
		      */
		      ;
   

   assign wbm_err_i = wbs_err_o_mux_i[0] |
		      wbs_err_o_mux_i[1] |
		      wbs_err_o_mux_i[2] |
		      wbs_err_o_mux_i[3] |
		      wbs_err_o_mux_i[4] |/*
		      wbs_err_o_mux_i[5] |
		      wbs_err_o_mux_i[6] |
		      wbs_err_o_mux_i[7] |
		      wbs_err_o_mux_i[8] |
		      wbs_err_o_mux_i[9] |
		      wbs_err_o_mux_i[10] |
		      wbs_err_o_mux_i[11] |
		      wbs_err_o_mux_i[12] |
		      wbs_err_o_mux_i[13] |
		      wbs_err_o_mux_i[14] |
		      wbs_err_o_mux_i[15] |
		      wbs_err_o_mux_i[16] |
		      wbs_err_o_mux_i[17] |
		      wbs_err_o_mux_i[18] |
		      wbs_err_o_mux_i[19] |
		       		       */
		      watchdog_err  ;

   
   assign wbm_rty_i = wbs_rty_o_mux_i[0]  |
		      wbs_rty_o_mux_i[1]  |
		      wbs_rty_o_mux_i[2]  |
		      wbs_rty_o_mux_i[3]  |
		      wbs_rty_o_mux_i[4]  /*|
		      wbs_rty_o_mux_i[5]  |
		      wbs_rty_o_mux_i[6]  |
		      wbs_rty_o_mux_i[7]  |
		      wbs_rty_o_mux_i[8]  |
		      wbs_rty_o_mux_i[9]  |
		      wbs_rty_o_mux_i[10] |
		      wbs_rty_o_mux_i[11] |
		      wbs_rty_o_mux_i[12] |
		      wbs_rty_o_mux_i[13] |
		      wbs_rty_o_mux_i[14] |
		      wbs_rty_o_mux_i[15] |		       		      
		      wbs_rty_o_mux_i[16] |
		      wbs_rty_o_mux_i[17] |
		      wbs_rty_o_mux_i[18] |
		      wbs_rty_o_mux_i[19]
		       */
	              ;

endmodule